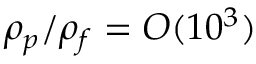
\rho _ { p } / \rho _ { f } = O ( 1 0 ^ { 3 } )